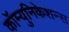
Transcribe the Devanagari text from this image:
कॉम्युनिकेशन्स